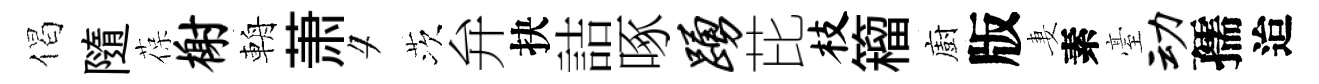
偈隨葆榭輈萧夕茨弁抉詰啄踊芘枝籕廚版妻素臺动孺迨